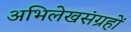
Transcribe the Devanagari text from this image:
अभिलेखसंग्रहों